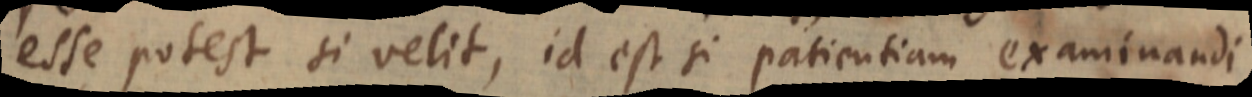
esse potest si velit, id est si patientiam examinandi